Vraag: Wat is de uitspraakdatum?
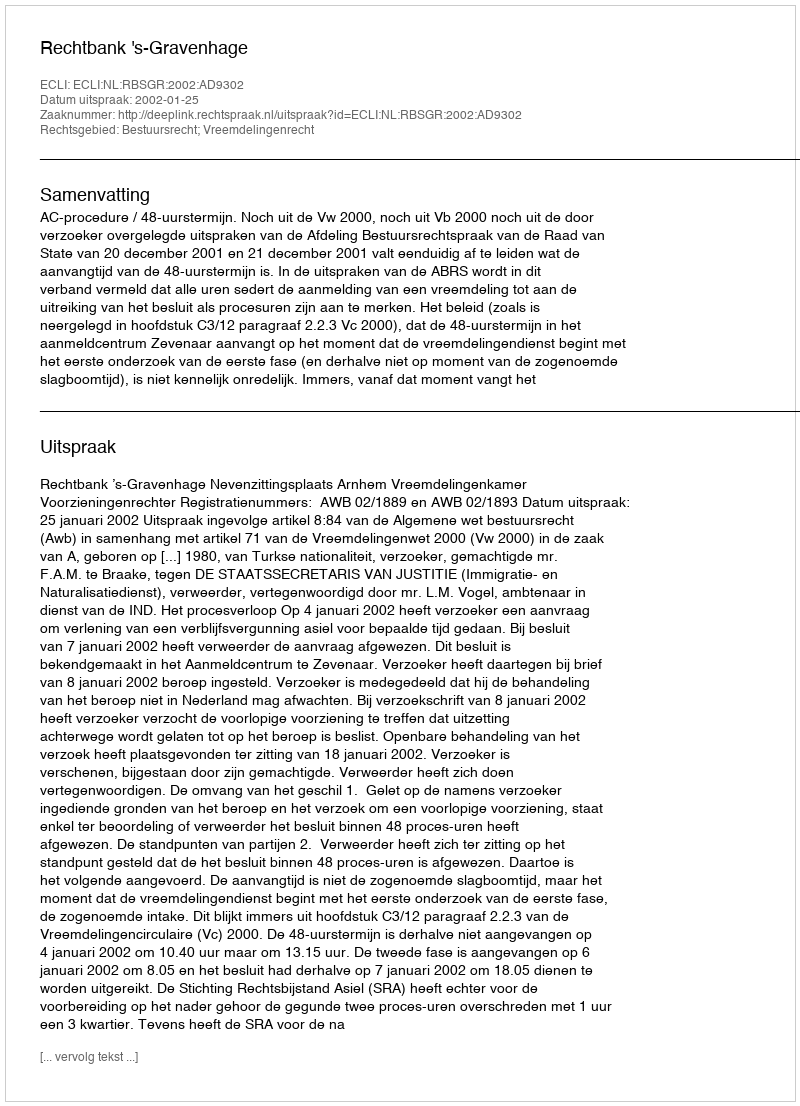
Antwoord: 2002-01-25